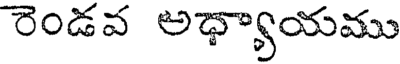
రెండవ అధ్యాయము